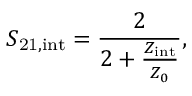
S _ { \mathrm { 2 1 , i n t } } = \frac { 2 } { 2 + \frac { Z _ { \mathrm { i n t } } } { Z _ { 0 } } } ,